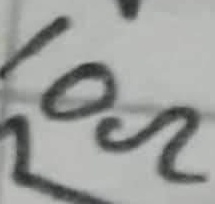
Text: 10Ω